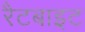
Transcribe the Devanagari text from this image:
रैटबाइट